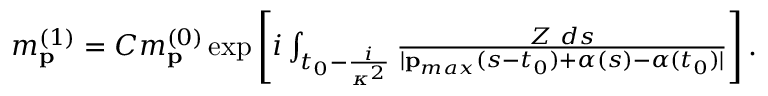
\begin{array} { r } { m _ { \mathbf { p } } ^ { ( 1 ) } = { \cal C } m _ { \mathbf { p } } ^ { ( 0 ) } \exp \left[ i \int _ { t _ { 0 } - \frac { i } { \kappa ^ { 2 } } } \frac { Z \, \, d s } { | \mathbf { p } _ { m a x } ( s - t _ { 0 } ) + \boldsymbol { \alpha } ( s ) - \boldsymbol { \alpha } ( t _ { 0 } ) | } \right] . } \end{array}